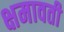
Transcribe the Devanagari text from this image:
क्षमावती